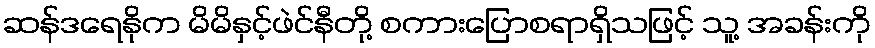
ဆန်ဒရေနိုက မိမိနှင့်ဖဲင်နီတို့ စကားပြောစရာရှိသဖြင့် သူ့ အခန်းကို